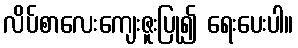
လိပ်စာလေးကျေးဇူးပြု၍ ရေးပေးပါ။